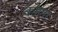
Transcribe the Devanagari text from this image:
कॊणा